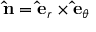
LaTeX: \mathbf { \hat { n } } = \mathbf { \hat { e } } _ { r } \times \mathbf { \hat { e } } _ { \theta }